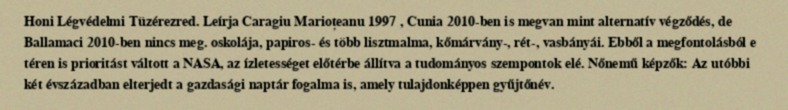
Honi Légvédelmi Tüzérezred. Leírja Caragiu Marioțeanu 1997 , Cunia 2010-ben is megvan mint alternatív végződés, de Ballamaci 2010-ben nincs meg. oskolája, papiros- és több lisztmalma, kőmárvány-, rét-, vasbányái. Ebből a megfontolásból e téren is prioritást váltott a NASA, az ízletességet előtérbe állítva a tudományos szempontok elé. Nőnemű képzők: Az utóbbi két évszázadban elterjedt a gazdasági naptár fogalma is, amely tulajdonképpen gyűjtőnév.